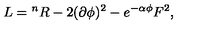
L = { } ^ { n } R - 2 ( \partial \phi ) ^ { 2 } - e ^ { - \alpha \phi } F ^ { 2 } ,